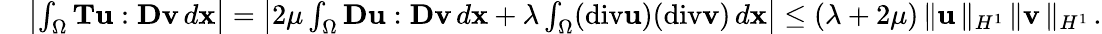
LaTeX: \begin{array}{rl}&{\left|\int_{\Omega}{\mathbf T}{\mathbf u}:{\mathbf D}{\mathbf v}\, d{\mathbf x}\right|=\left|2\mu\int_{\Omega}{\mathbf D}{\mathbf u}:{\mathbf D}{\mathbf v}\, d{\mathbf x}+\lambda\int_{\Omega}(\mathrm{div}{\mathbf u})(\mathrm{div}{\mathbf v})\, d{\mathbf x}\right|\le(\lambda+2\mu)\, \| {\mathbf u}\, \| _{H^{1}}\, \| {\mathbf v}\, \| _{H^{1}}\, .}\end{array}